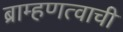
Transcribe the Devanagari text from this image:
ब्राम्हणत्वाची